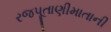
રજપૂતાણીમાતાની